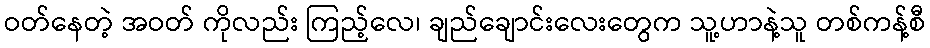
ဝတ်နေတဲ့ အဝတ် ကိုလည်း ကြည့်လေ၊ ချည်ချောင်းလေးတွေက သူ့ဟာနဲ့သူ တစ်ကန့်စီ